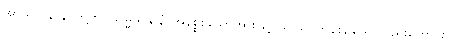
အာယတနာနိ၊ တို့ကို။ သမ္မသန္တာနံ၊ အနိစ္စစသောအားဖြင့် သုံးသပ်ကုန်စဉ်သော်လည်းကောင်း။